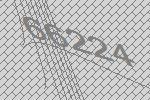
66224